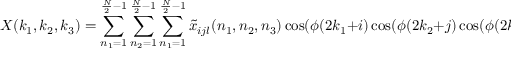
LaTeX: X ( k _ { 1 } , k _ { 2 } , k _ { 3 } ) = \sum _ { n _ { 1 } = 1 } ^ { { \frac { N } { 2 } } - 1 } \sum _ { n _ { 2 } = 1 } ^ { { \frac { N } { 2 } } - 1 } \sum _ { n _ { 1 } = 1 } ^ { { \frac { N } { 2 } } - 1 } { \tilde { x } } _ { i j l } ( n _ { 1 } , n _ { 2 } , n _ { 3 } ) \cos ( \phi ( 2 k _ { 1 } + i ) \cos ( \phi ( 2 k _ { 2 } + j ) \cos ( \phi ( 2 k _ { 3 } + l ) )